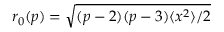
r _ { 0 } ( p ) = \sqrt { ( p - 2 ) ( p - 3 ) \langle x ^ { 2 } \rangle / 2 }